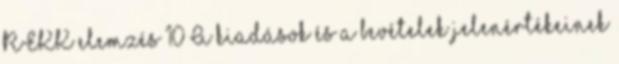
REKK elemzés 10 A kiadások és a bevételek jelenértékeinek